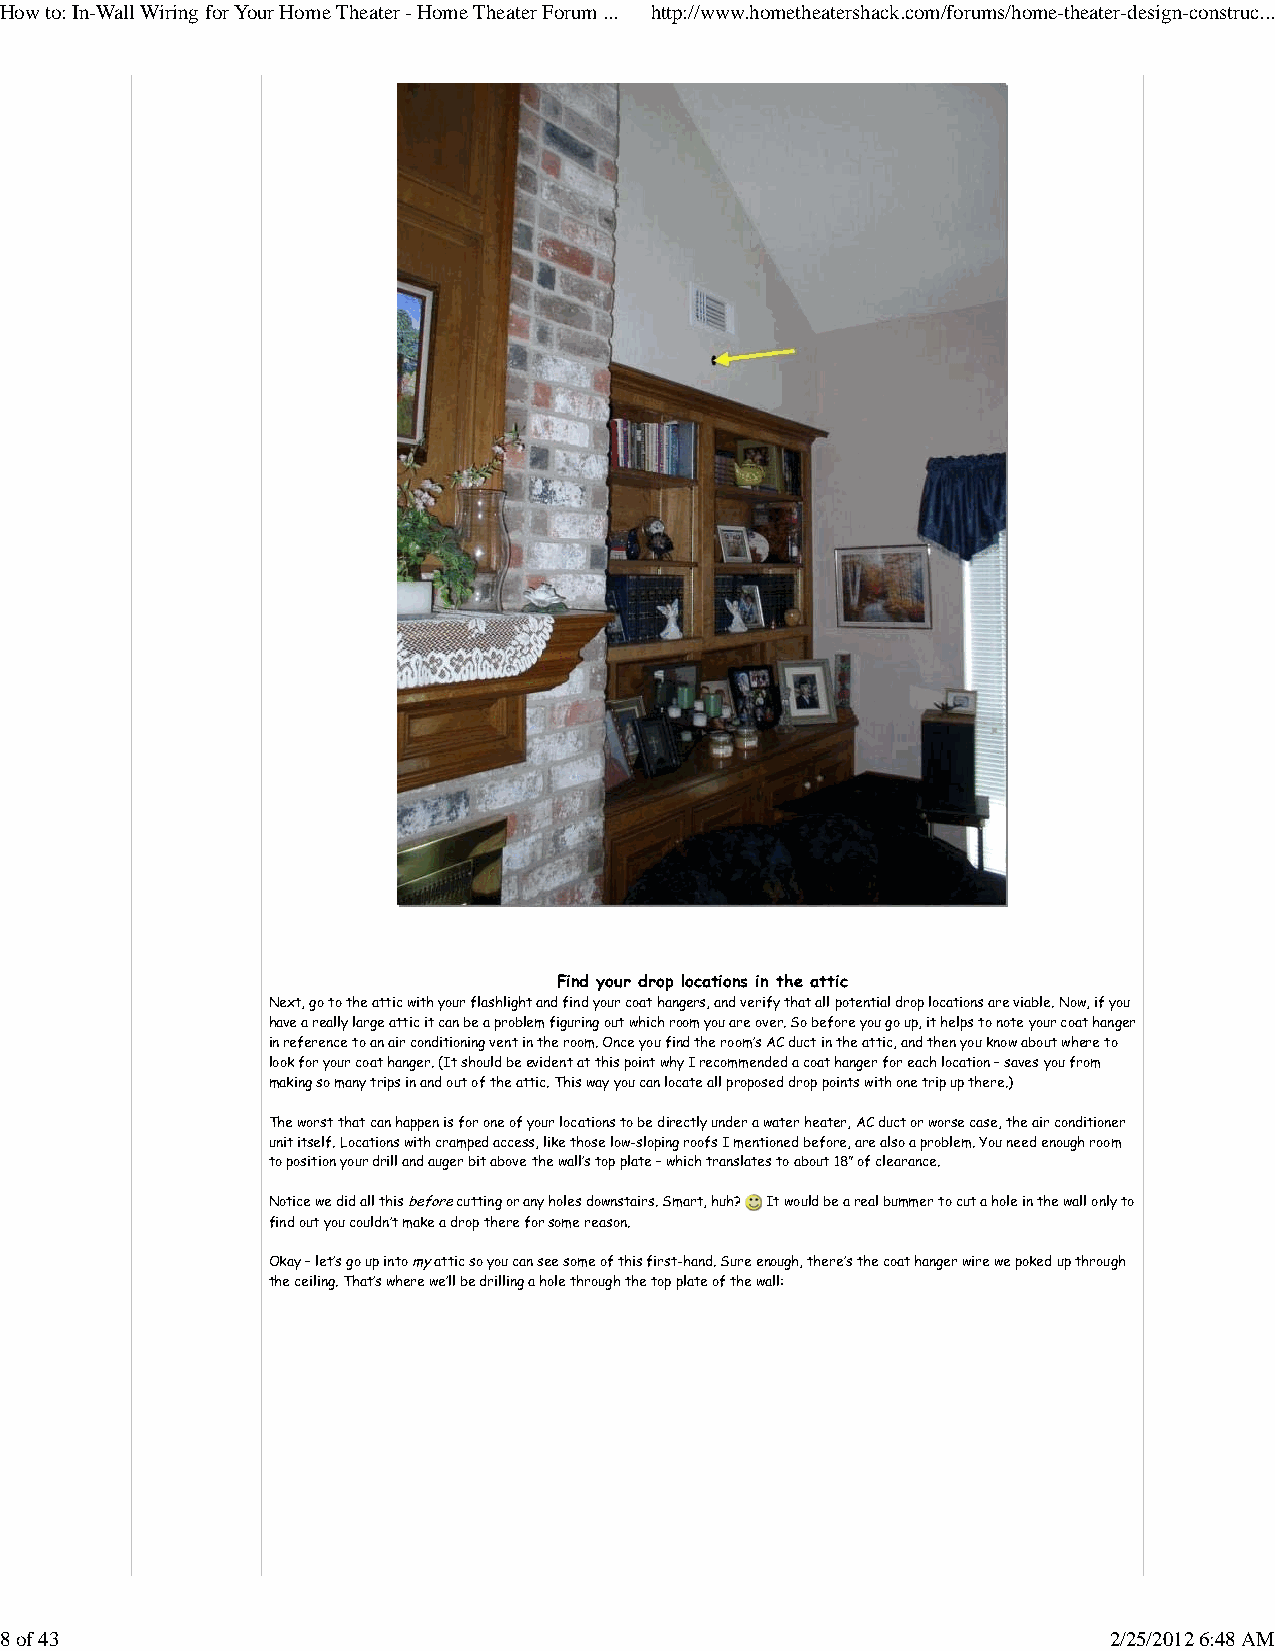
How to: In-Wall Wiring for Your Home Theater - Home Theater Forum ... http://www.hometheatershack.com/forums/home-theater-design-construc...
 Find your drop locations in the attic
 Next, go to the attic with your flashlight and find your coat hangers, and verify that all potential drop locations are viable. Now, if you
 have a really large attic it can be a problem figuring out which room you are over. So before you go up, it helps to note your coat hanger
 in reference to an air conditioning vent in the room. Once you find the room’s AC duct in the attic, and then you know about where to
 look for your coat hanger. (It should be evident at this point why I recommended a coat hanger for each location – saves you from
 making so many trips in and out of the attic. This way you can locate all proposed drop points with one trip up there.)
 The worst that can happen is for one of your locations to be directly under a water heater, AC duct or worse case, the air conditioner
 unit itself. Locations with cramped access, like those low-sloping roofs I mentioned before, are also a problem. You need enough room
 to position your drill and auger bit above the wall’s top plate – which translates to about 18” of clearance.
 Notice we did all this before cutting or any holes downstairs. Smart, huh? It would be a real bummer to cut a hole in the wall only to
 find out you couldn’t make a drop there for some reason.
 Okay – let’s go up into my attic so you can see some of this first-hand. Sure enough, there’s the coat hanger wire we poked up through
 the ceiling. That’s where we’ll be drilling a hole through the top plate of the wall:
 8 of 43                                                                  2/25/2012 6:48 AM